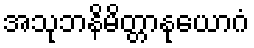
အသုဘနိမိတ္တာနုယောဂံ